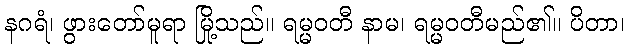
နဂရံ၊ ဖွားတော်မူရာ မြို့သည်။ ရမ္မဝတီ နာမ၊ ရမ္မဝတီမည်၏။ ပိတာ၊